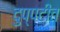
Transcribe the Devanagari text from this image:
दुप्पटीत